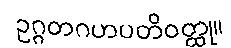
ဥဂ္ဂတဂဟပတိဝတ္ထု။